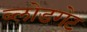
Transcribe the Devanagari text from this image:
ब्लोडगेट